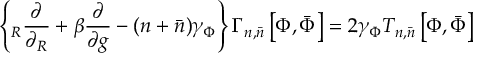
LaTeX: \left\{ \L _ { R } \frac { \partial } { \partial \L _ { R } } + \beta \frac { \partial } { \partial g } - ( n + \bar { n } ) \gamma _ { \Phi } \right\} \Gamma _ { n , \bar { n } } ^ { \L } \left[ \Phi , \bar { \Phi } \right] = 2 \gamma _ { \Phi } { \cal T } _ { n , \bar { n } } ^ { \L } \left[ \Phi , \bar { \Phi } \right]